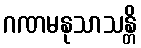
ဂဏမနုသာသန္တိ